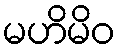
မဟိမိဝ